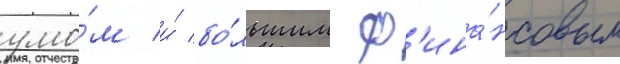
умо́м и́ бо́льшим ф'ина́нсовым